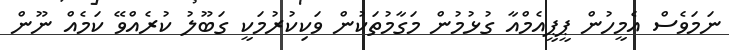
ނަމަވެސް އެމީހުން ޕީޕީއެމްއާ ގުޅުމުން މަގާމުތަކުން ވަކިކުރުމަކީ ގަބޫލު ކުރެއްވޭ ކަމެއް ނޫން